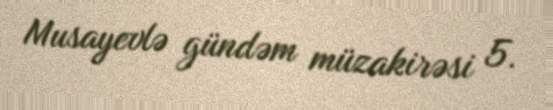
Musayevlə gündəm müzakirəsi 5.